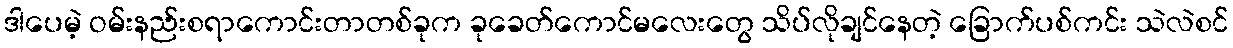
ဒါပေမဲ့ ဝမ်းနည်းစရာကောင်းတာတစ်ခုက ခုခေတ်ကောင်မလေးတွေ သိပ်လိုချင်နေတဲ့ ခြောက်ပစ်ကင်း သဲလဲစင်